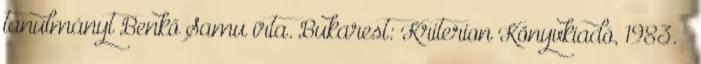
tanulmányt Benkő Samu írta. Bukarest: Kriterion Könyvkiadó, 1983. –